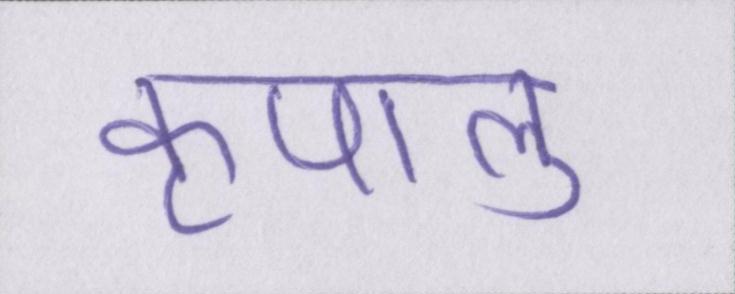
कृपालु